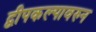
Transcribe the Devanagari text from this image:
द्वीपकल्पावरुन